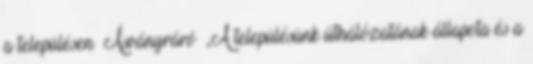
a településen ▪Ásványráró ▪„A településünk úthálózatának állapota és a